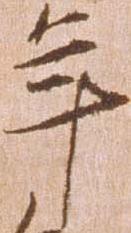
年